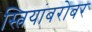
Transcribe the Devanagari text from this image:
स्त्रियांबरोबर